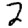
Digit: 2